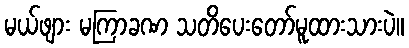
မယ်ဖျား မကြာခဏ သတိပေးတော်မူထားသားပဲ။